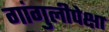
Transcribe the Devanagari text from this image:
गांगुलीपेक्षा